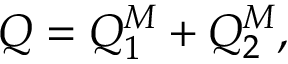
Q = Q _ { 1 } ^ { M } + Q _ { 2 } ^ { M } ,